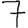
Digit: 7